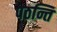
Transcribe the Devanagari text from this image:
पठन्ति